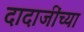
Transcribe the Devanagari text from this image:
दादाजींच्या